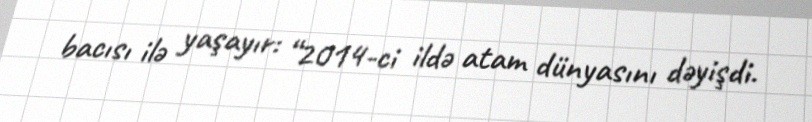
bacısı ilə yaşayır: “2014-ci ildə atam dünyasını dəyişdi.